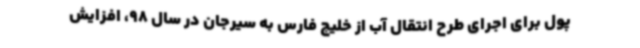
پول برای اجرای طرح انتقال آب از خلیج فارس به سیرجان در سال 98، افزایش